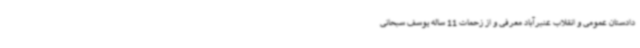
دادستان عمومی و انقلاب عنبرآباد معرفی و از زحمات 11 ساله یوسف سبحانی